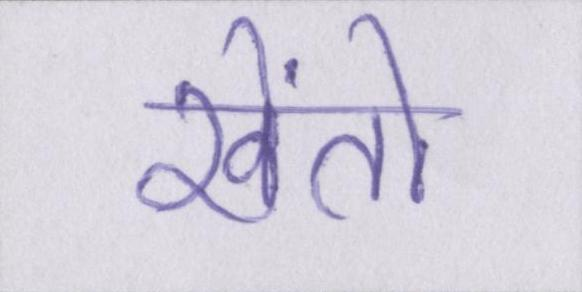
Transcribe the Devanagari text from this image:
खेंतो